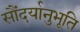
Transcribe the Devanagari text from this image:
सौंदर्यानुभूति